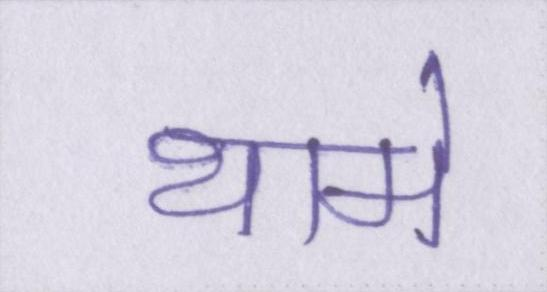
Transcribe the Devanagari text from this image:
थामे